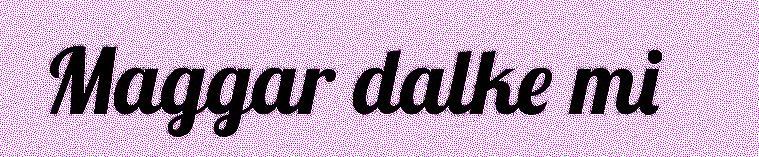
Maggar dalke mi